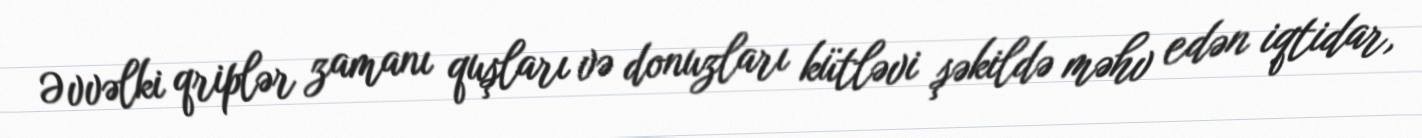
Əvvəlki qriplər zamanı quşları və donuzları kütləvi şəkildə məhv edən iqtidar,